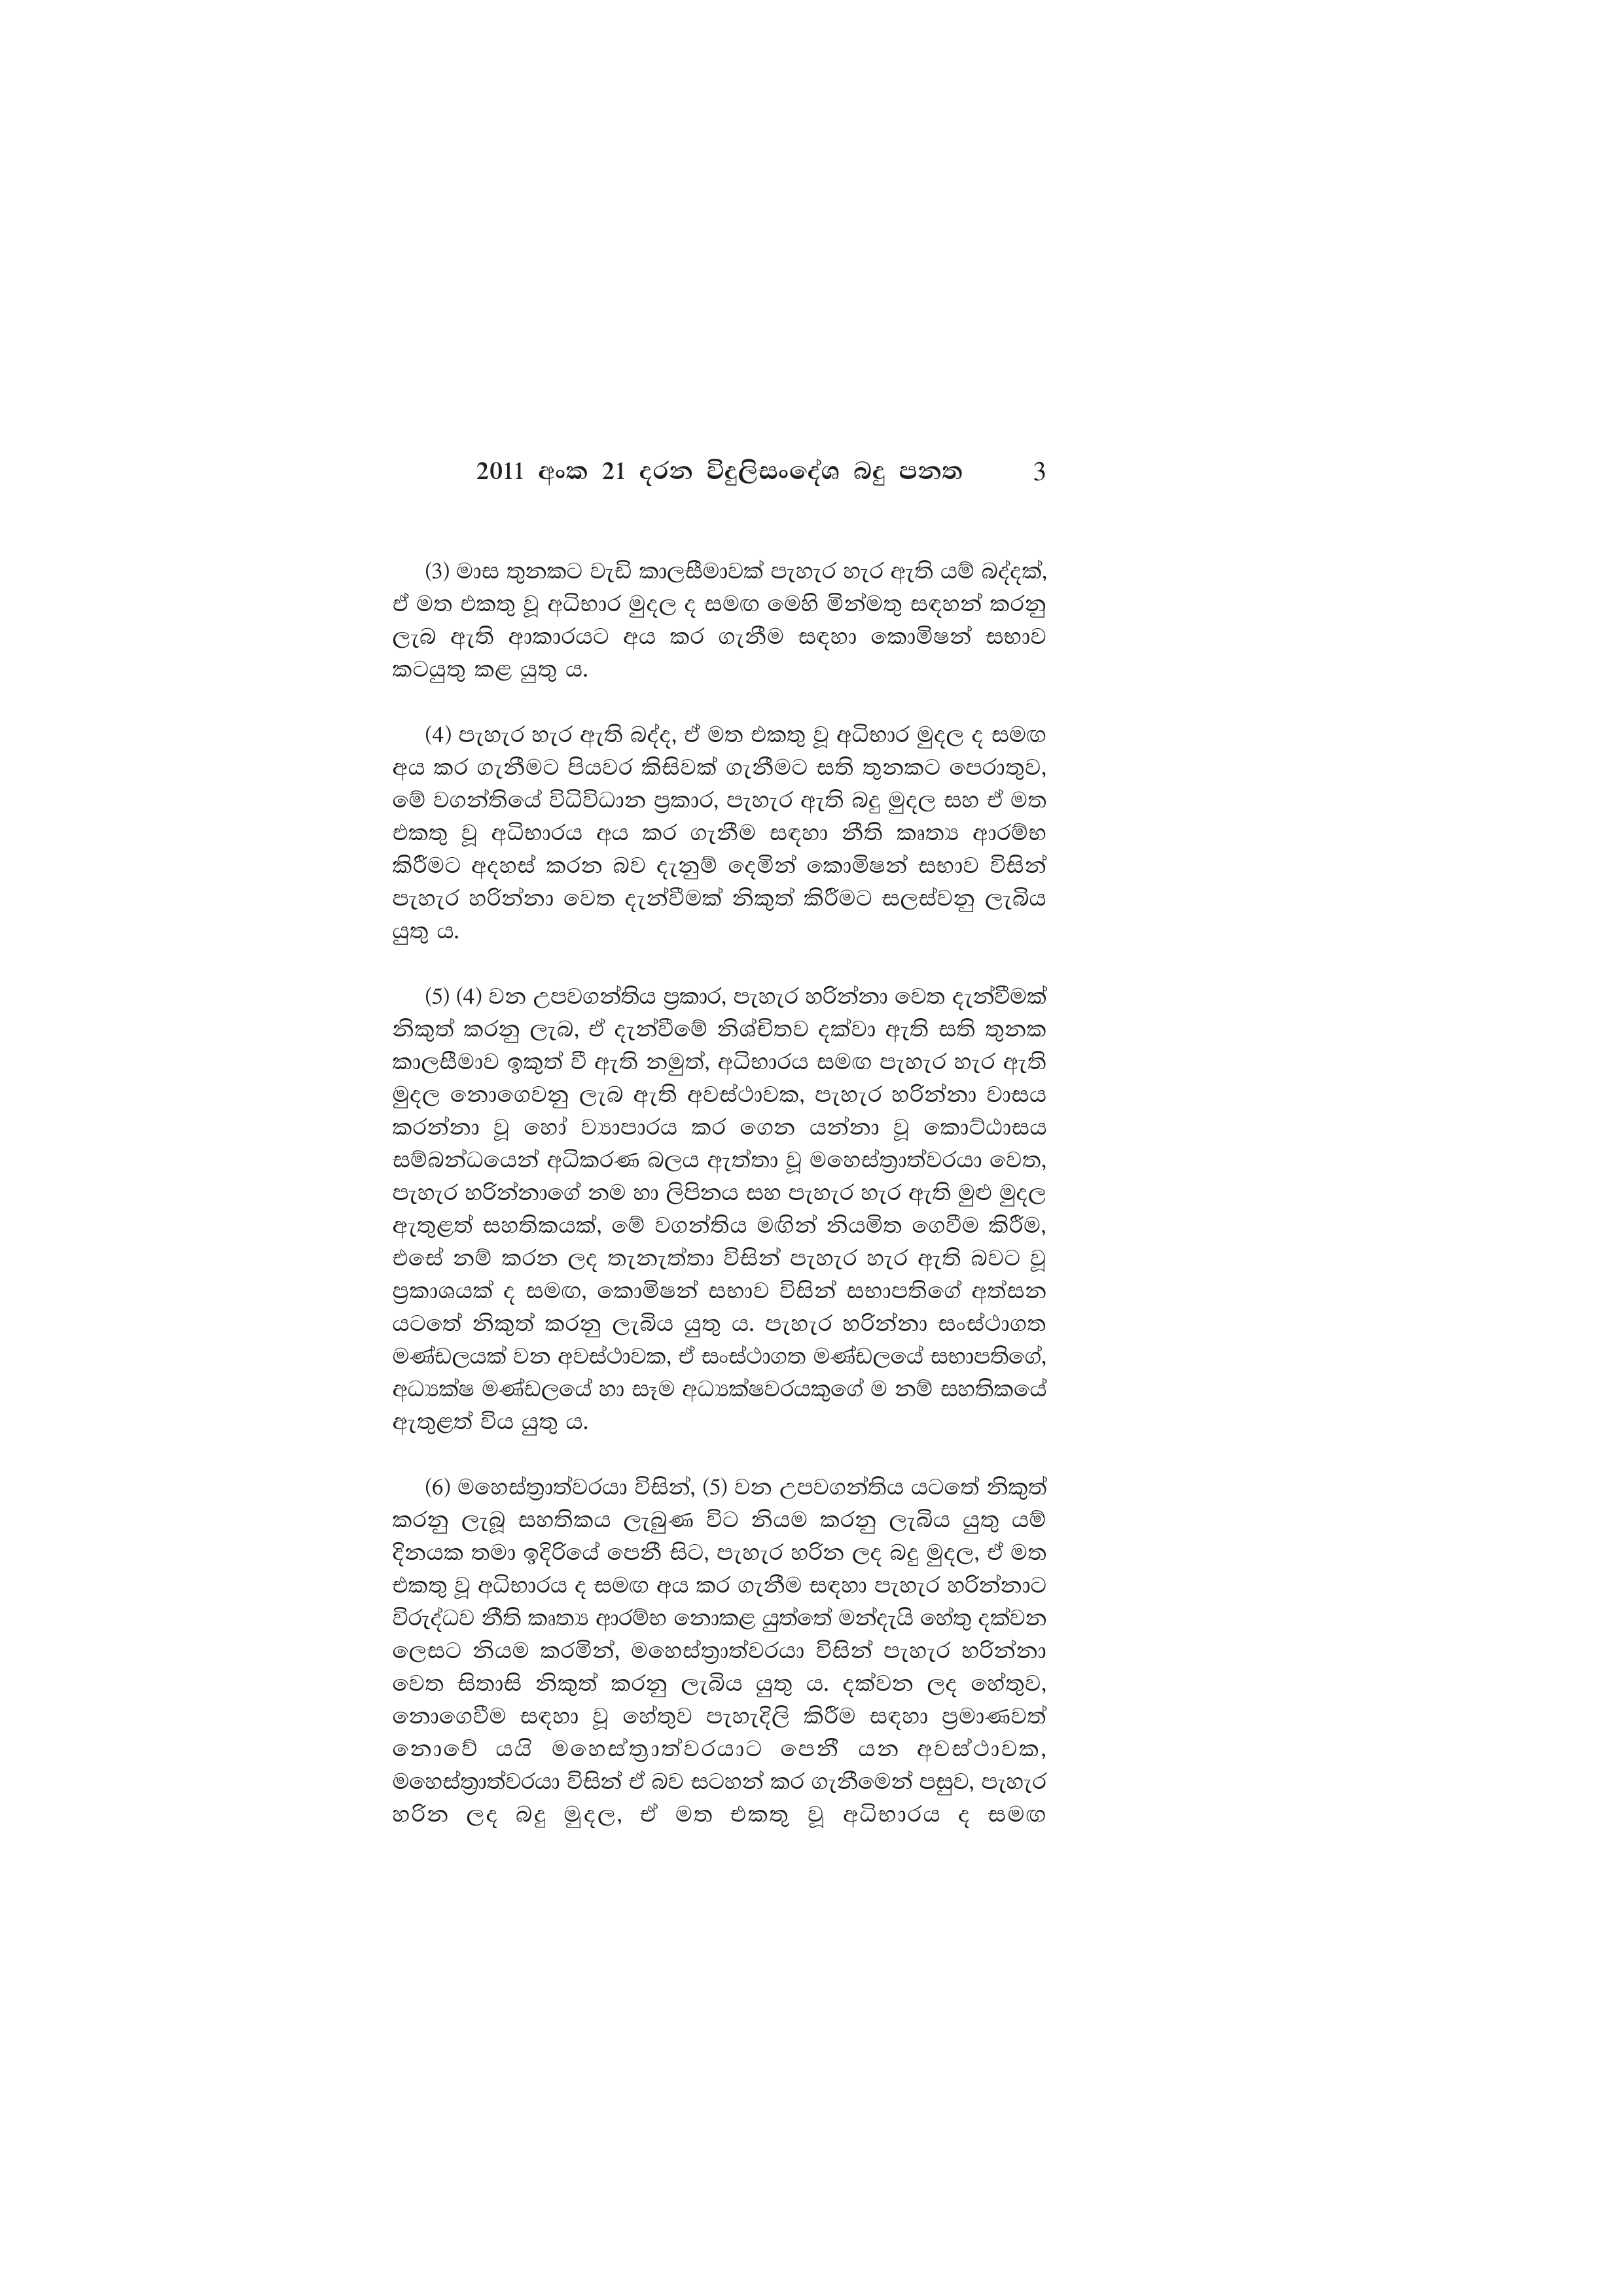
2011 අංක 21 දරන විදුලිසංදේශ බදු පනත 3

(3) මාස තුනකට වැඩි කාලසීමාවක් පැහැර හැර ඇති යම් බද්දක්,
ඒ මත එකතු වූ අධිභාර මුදල ද සමඟ මෙහි මින්මතු සඳහන් කරනු
ලැබ ඇති ආකාරයට අය කර ගැනීම සඳහා කොමිෂන් සභාව
කටයුතු කළ යුතු ය.

(4) පැහැර හැර ඇති බද්ද, ඒ මත එකතු වූ අධිභාර මුදල ද සමඟ
අය කර ගැනීමට පියවර කිසිවක් ගැනීමට සති තුනකට පෙරාතුව,
මේ වගන්තියේ විධිවිධාන ප්‍රකාර, පැහැර ඇති බදු මුදල සහ ඒ මත
එකතු වූ අධිභාරය අය කර ගැනීම සඳහා නීති කෘත්‍ය ආරම්භ
කිරීමට අදහස් කරන බව දැනුම් දෙමින් කොමිෂන් සභාව විසින්
පැහැර හරින්නා වෙත දැන්වීමක් නිකුත් කිරීමට සලස්වනු ලැබිය
යුතු ය.

(5) (4) වන උපවගන්තිය ප්‍රකාර, පැහැර හරින්නා වෙත දැන්වීමක්
නිකුත් කරනු ලැබ, ඒ දැන්වීමේ නිශ්චිතව දක්වා ඇති සති තුනක
කාලසීමාව ඉකුත් වී ඇති නමුත්, අධිභාරය සමඟ පැහැර හැර ඇති
මුදල නොගෙවනු ලැබ ඇති අවස්ථාවක, පැහැර හරින්නා වාසය
කරන්නා වූ හෝ ව්‍යාපාරය කර ගෙන යන්නා වූ කොට්ඨාසය
සම්බන්ධයෙන් අධිකරණ බලය ඇත්තා වූ මහෙස්ත්‍රාත්වරයා වෙත,
පැහැර හරින්නාගේ නම හා ලිපිනය සහ පැහැර හැර ඇති මුළු මුදල
ඇතුළත් සහතිකයක්, මේ වගන්තිය මඟින් නියමිත ගෙවීම කිරීම,
එසේ නම් කරන ලද තැනැත්තා විසින් පැහැර හැර ඇති බවට වූ
ප්‍රකාශයක් ද සමඟ, කොමිෂන් සභාව විසින් සභාපතිගේ අත්සන
යටතේ නිකුත් කරනු ලැබිය යුතු ය. පැහැර හරින්නා සංස්ථාගත
මණ්ඩලයක් වන අවස්ථාවක, ඒ සංස්ථාගත මණ්ඩලයේ සභාපතිගේ,
අධ්‍යක්ෂ මණ්ඩලයේ හා සෑම අධ්‍යක්ෂවරයකුගේ ම නම් සහතිකයේ
ඇතුළත් විය යුතු ය.

(6) මහෙස්ත්‍රාත්වරයා විසින්, (5) වන උපවගන්තිය යටතේ නිකුත්
කරනු ලැබූ සහතිකය ලැබුණ විට නියම කරනු ලැබිය යුතු යම්
දිනයක තමා ඉදිරියේ පෙනී සිට, පැහැර හරින ලද බදු මුදල, ඒ මත
එකතු වූ අධිභාරය ද සමඟ අය කර ගැනීම සඳහා පැහැර හරින්නාට
විරුද්ධව නීති කෘත්‍ය ආරම්භ නොකළ යුත්තේ මන්දැයි හේතු දක්වන
ලෙසට නියම කරමින්, මහෙස්ත්‍රාත්වරයා විසින් පැහැර හරින්නා
වෙත සිතාසි නිකුත් කරනු ලැබිය යුතු ය. දක්වන ලද හේතුව,
නොගෙවීම සඳහා වූ හේතුව පැහැදිලි කිරීම සඳහා ප්‍රමාණවත්
නොවේ යයි මහෙස්ත්‍රාත්වරයාට පෙනී යන අවස්ථාවක,
මහෙස්ත්‍රාත්වරයා විසින් ඒ බව සටහන් කර ගැනීමෙන් පසුව, පැහැර
හරින ලද බදු මුදල, ඒ මත එකතු වූ අධිභාරය ද සමඟ